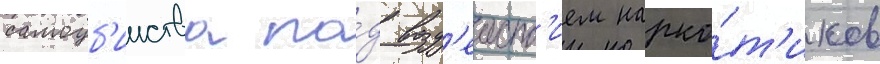
самоуб'ииства по́д возд'еиств'ием нарко́т'иков